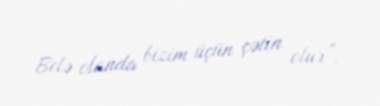
Belə olanda bizim üçün çətin olur”.